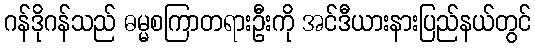
ဂန်ဒိုဂန်သည် ဓမ္မစကြာတရားဦးကို အင်ဒီယားနားပြည်နယ်တွင်